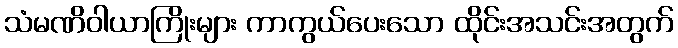
သံမဏိဝါယာကြိုးများ ကာကွယ်ပေးသော ထိုင်းအသင်းအတွက်